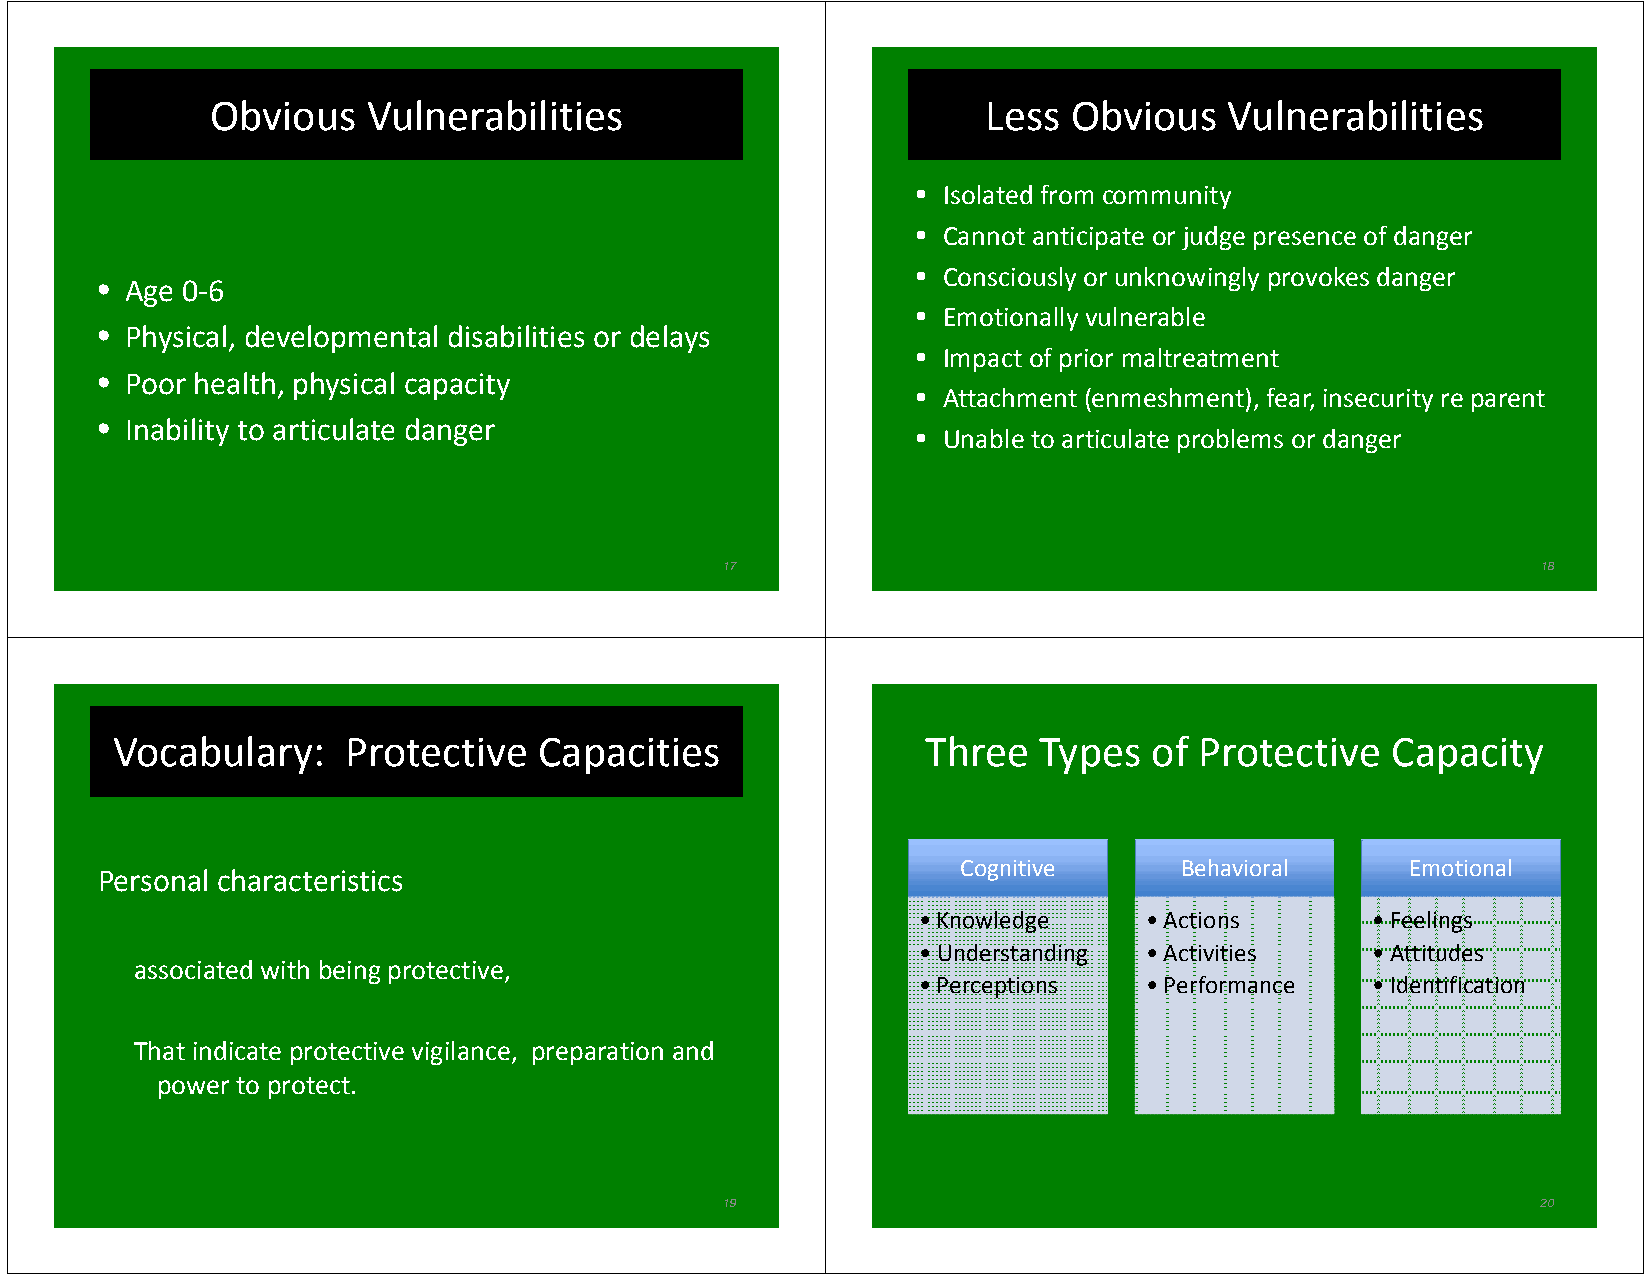
Obvious   Vulnerabilities                          Less  Obvious   Vulnerabilities
 • Isolated from community
 • Cannot anticipate or judge presence of danger
 • Consciously or unknowingly provokes danger
 • Age 0‐6
 • Emotionally vulnerable
 • Physical, developmental disabilities or delays
 • Impact of prior maltreatment
 • Poor health, physical capacity
 • Attachment (enmeshment), fear, insecurity re parent
 • Inability to articulate danger
 • Unable to articulate problems or danger
 17                                                    18
 Vocabulary:     Protective   Capacities               Three   Types  of Protective   Capacity
 Cognitive     Behavioral     Emotional
 Personal characteristics
 •Knowledge     •Actions       •Feelings
 •Understanding •Activities    •Attitudes
 associated with being protective,
 •Perceptions   •Performance   •Identification
 That indicate protective vigilance, preparation and
 power to protect.
 19                                                    20